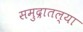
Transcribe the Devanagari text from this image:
समुद्रातल्या